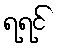
ရရင်